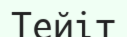
Тейіт